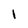
Character: I